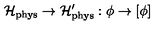
\mathcal { H } _ { \mathrm { p h y s } } \rightarrow \mathcal { H } _ { \mathrm { p h y s } } ^ { \prime } : \phi \rightarrow \lbrack \phi ]